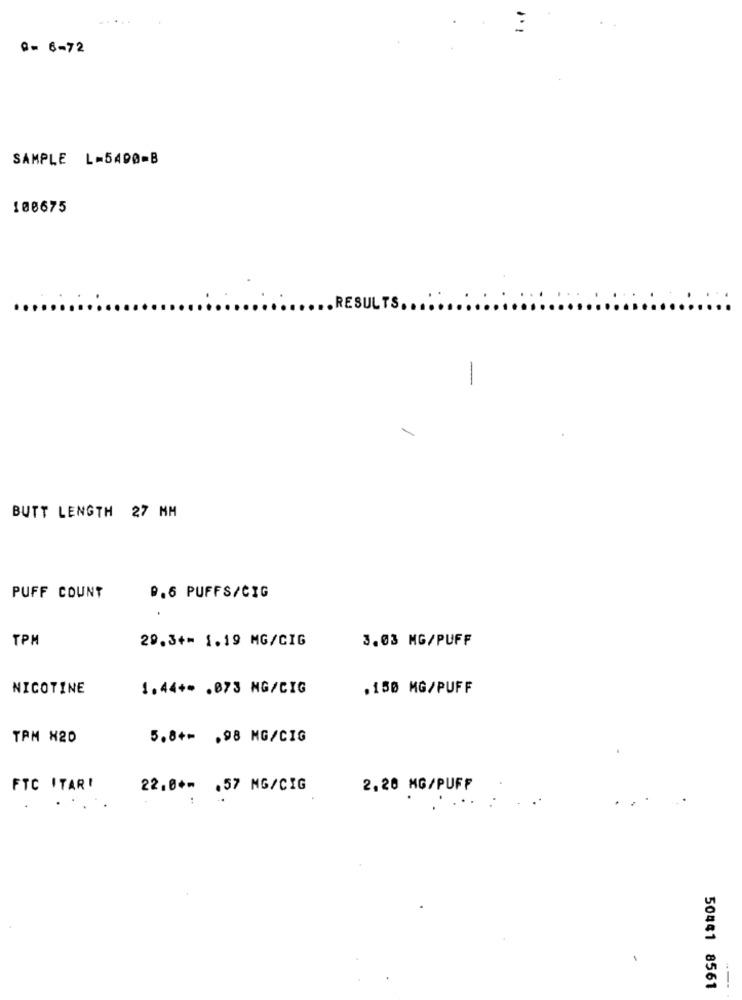
0- 6-72
SAMPLE L=5400-B
100675
RESULTS ..
-
BUTT LENGTH 27 MM
PUFF COUNT
9.6 PUFFS/CIG
TPM
29.3+= 1.19 MG/CIG
3.03 MG/PUFF
NICOTINE
1.44 ** . 073 MG/CIG
.150 MG/PUFF
TPM N20
5.8+= . 98 MG/CIG
FTC ITAR!
22.0 *= . 57 MG/CIG
2.20 MG/PUFF
50441 8561